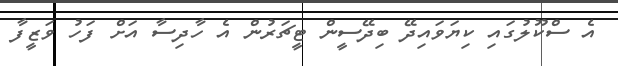
އެ ސްކޫލުގައި ކިޔަވައިދޭ ބިދޭސީން ޓީޗަރުން އެ ހާދިސާ އަށް ފަހު ވަޒީފާ